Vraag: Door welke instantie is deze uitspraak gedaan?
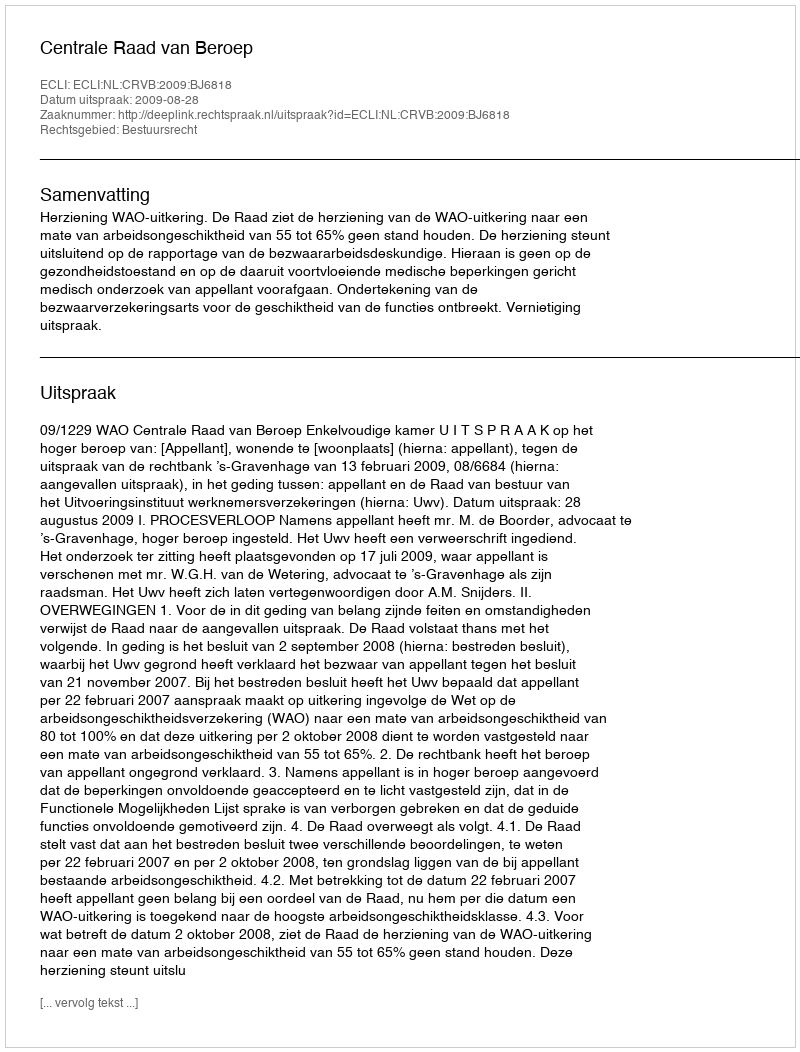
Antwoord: Centrale Raad van Beroep